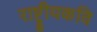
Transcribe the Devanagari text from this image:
राष्ट्रीयकवि